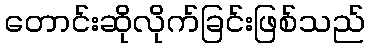
တောင်းဆိုလိုက်ခြင်းဖြစ်သည်